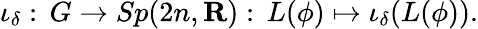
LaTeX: \iota_{\delta}:\, G\to Sp(2n,{\mathbf R}):\, L(\phi)\mapsto\iota_{\delta}(L(\phi)).